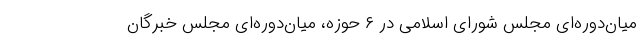
میان‌دوره‌ای مجلس شورای اسلامی در ۶ حوزه، میان‌دوره‌ای مجلس خبرگان